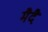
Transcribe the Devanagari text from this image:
मैदै